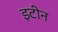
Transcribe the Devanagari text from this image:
इटीन